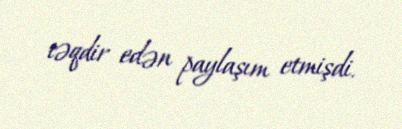
təqdir edən paylaşım etmişdi.